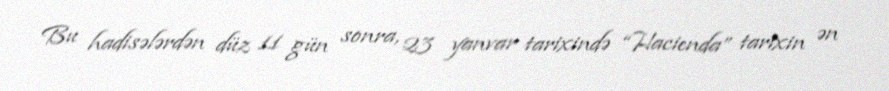
Bu hadisələrdən düz 11 gün sonra, 23 yanvar tarixində “Hacienda” tarixin ən